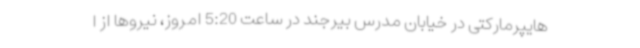
هایپرمارکتی در خیابان مدرس بیرجند در ساعت 5:20 امروز، نیروها از ا